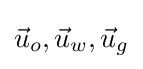
{\vec {u}}_{o},{\vec {u}}_{w},{\vec {u}}_{g}